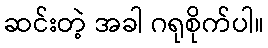
ဆင်းတဲ့ အခါ ဂရုစိုက်ပါ။